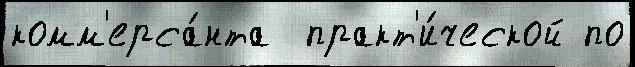
комм'ерса́нта  практ'и́ческой по